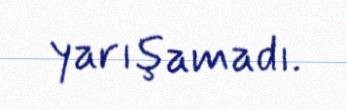
yarışamadı.